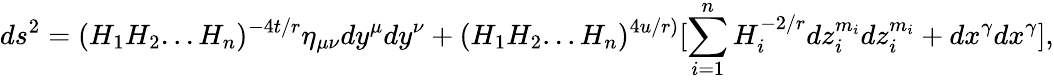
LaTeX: ds^{2}=(H_{1}H_{2}...H_{n})^{-4t/r}\eta_{\mu\nu}dy^{\mu}dy^{\nu}+(H_{1}H_{2}...H_{n})^{4u/r)}[\sum_{i=1}^{n}H_{i}^{-2/r}dz_{i}^{m_{i}}dz_{i}^{m_{i}}+dx^{\gamma}dx^{\gamma}],